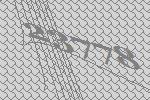
23778